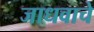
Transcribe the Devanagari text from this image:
जाधवाचे